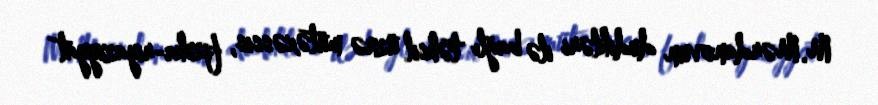
M.Mərdanovun dedikləri ilə bağlı təhsil üzrə mütəxəssis, fizika-riyaziyyat